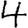
Digit: 4